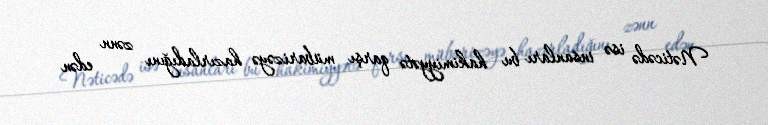
Nəticədə isə insanları bu hakimiyyətə qarşı mübarizəyə hazırladığını zənn edən